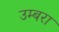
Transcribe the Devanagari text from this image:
उम्बरा